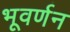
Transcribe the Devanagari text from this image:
भूवर्णन